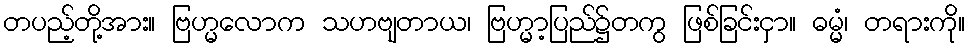
တပည့်တို့အား။ ဗြဟ္မလောက သဟဗျတာယ၊ ဗြဟ္မာ့ပြည်၌တကွ ဖြစ်ခြင်းငှာ။ ဓမ္မံ၊ တရားကို။